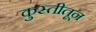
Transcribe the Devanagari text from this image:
कुस्तीतून